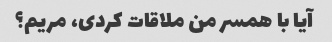
آیا با همسر من ملاقات کردی، مریم؟